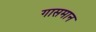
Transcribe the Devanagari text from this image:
गासमान